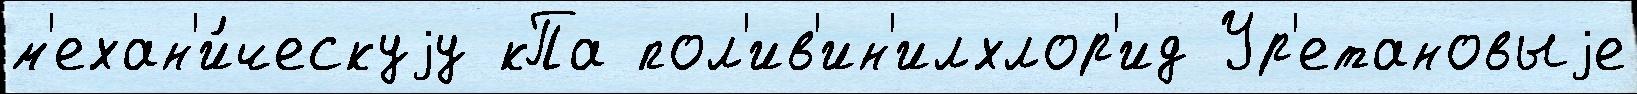
м'ехан'и́ческуjу кПа пол'ив'ин'илхлор'ид Ур'етановыjе